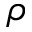
\rho